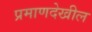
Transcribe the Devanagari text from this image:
प्रमाणदेखील